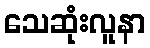
သေဆုံးလူနာ